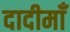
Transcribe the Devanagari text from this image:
दादीमाँ